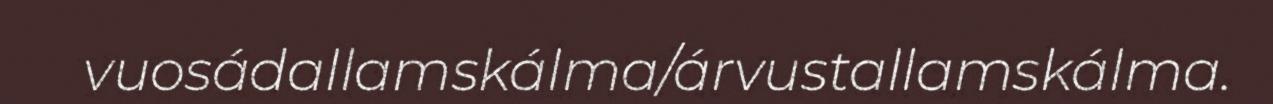
vuosádallamskálma/árvustallamskálma.